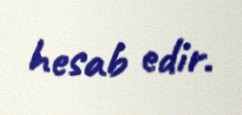
hesab edir.